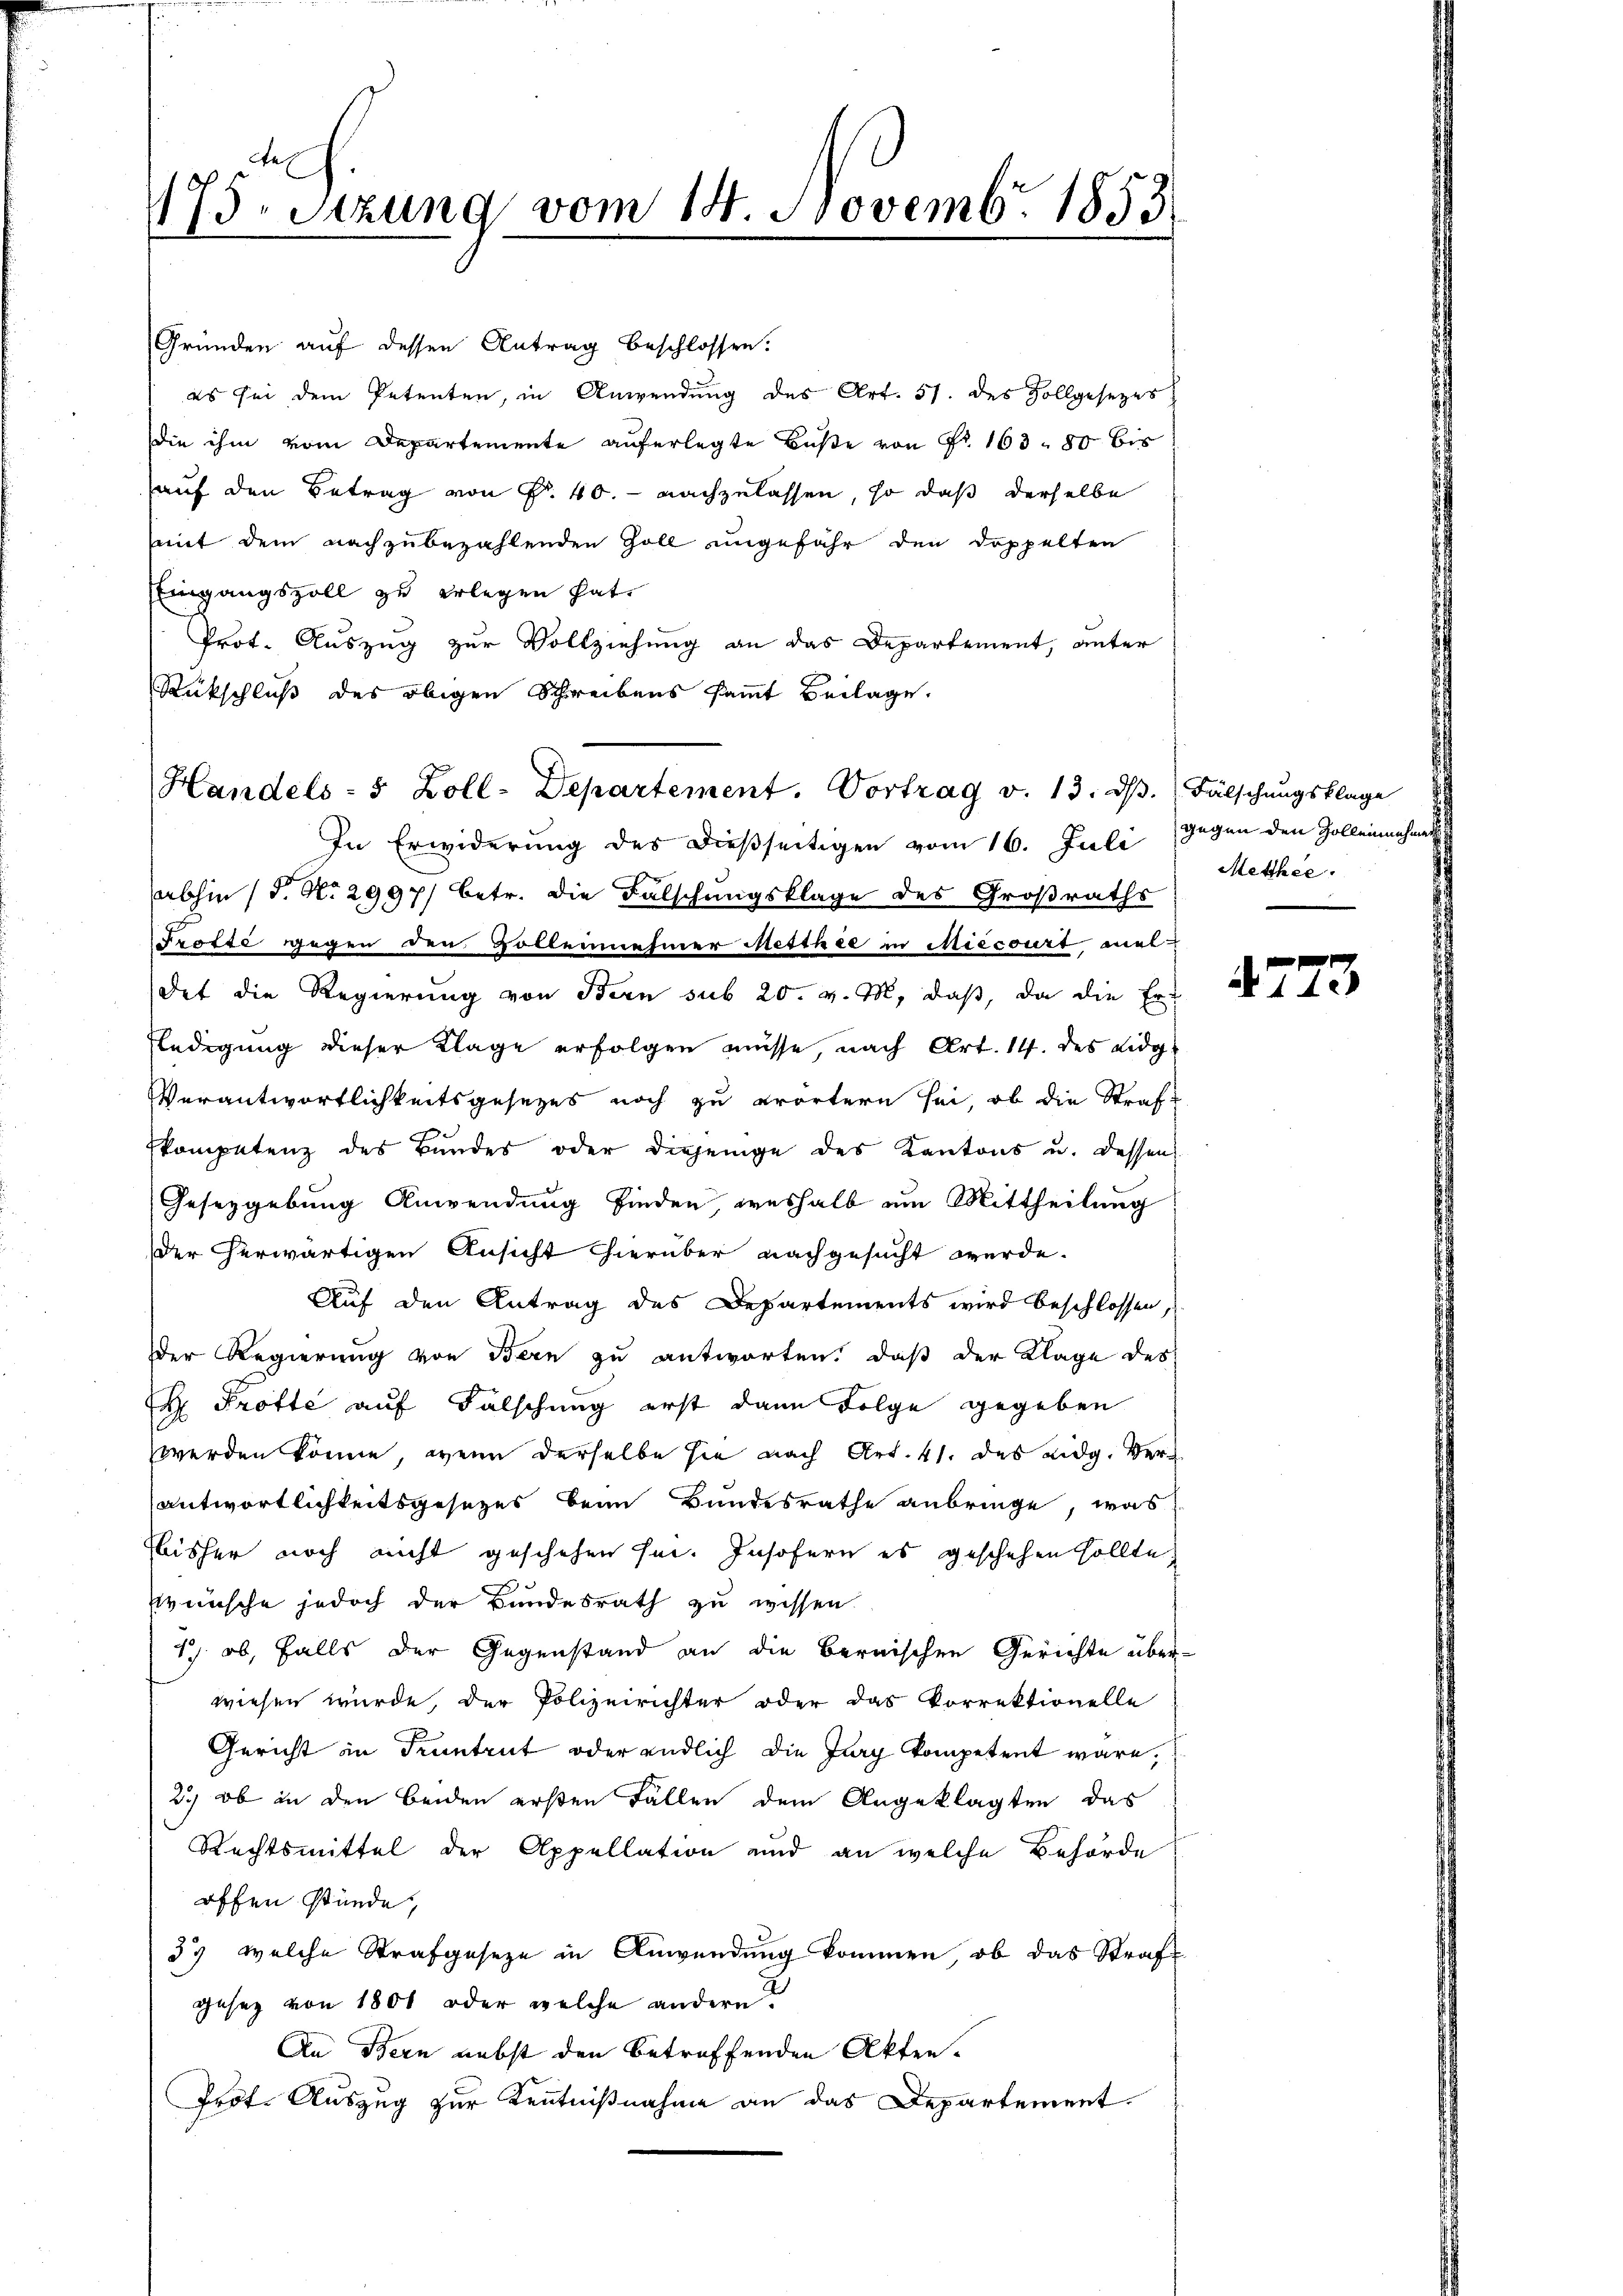
175. Sitzung vom 14. Novemb. 1853.

Gründen auf dessen Antrag beschlossen.
es sei dem Petenten, in Anwendung des Art. 51. des Zollgesetzes
die ihm vom Departemente auferlegte Bŭβe von Fr. 163. 80 bis
auf den Betrag von Nr. 40. - nachzulassen, so daß derselbe
mit dem nachzubezahlenden Zoll ungefähr den doppelten
Eingangszoll zu erlegen hat.
Prot. Auszug zur Vollziehung an das Departement, unter
Rückschluß des obigen Schreibens sammt Beilage.
In Erwiderung des dießseitigen vom 16. Juli gegen den Zolleinnahme
(abhin (S. N. 29971 betr. die Falschungsklage des Großraths
Trotte gegen den Bollennehmer Resthie in Miecourt meldet die Regierung von Bern sub 20. v. M. daß, da die Er-
Eledigung dieser Klage erfolgen müsse, nach Art. 14. des Eidg
Verantwortlichkeitsgesezes noch zu erörtern sei, ob die Straf-
Ekompetenz des Bundes oder diejenige des Kantons u. dessen
Gesetzgebung Anwendung finden, weshalb um Mittheilung
der erwärtigen Ansicht hierüber nachgesucht werde.
Auf den Antrag des Departements wird beschlossen,
der Regierung von Bern zu antworten, daß der Klage des
H Profte auf Falschung erst dann Folge gegeben
werden könne, wenn derselbe sie nach Art. 41. des eidg. Verantwortlichkeitsgesetzes beim Bundesrathe anbringe, was
Ebisher noch nicht geschehen sei. Insofern es geschehen sollte,
r
Wünsche jedoch der Bundesrath zu wissen.
1. ob, falls der Gegenstand an die Bernischen Gerichte überwiesen würde, der Polizeirichter oder das Vorrektionelle
Gericht in Truntrut oder endlich die Jury kompetent wäre,
2) ob in den beiden ersten Fällen dem Angeklagten das
Rechtsmittel der Appellation und an welche Behörde
offen stünde,
33 welche Strafgeseze in Anwendung kommen, ob das Strafgesez von 1800 oder welche andern?
An Bern nebst den betreffenden Akten.
Prof. Auszug zur Kenntnißnahme an das Departement.

Handels- 5 Zoll-Departement. Vortrag v. 13. dβ. Fälschŭngsklage

Metthee.

4773